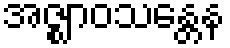
အဇ္ဈာဝသန္တေန